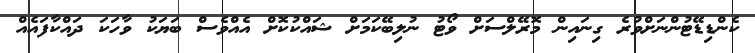
ކެންޑިޑޭޓުންނަށްވުރެ ގިނައިން މޮރޭލްސަށް ވޯޓު ނުލިބޭކަމަށް ޝައްކުކޮށް އެއްވެސް ބަޔަކު ވާހަކަ ދައްކާފައެއް